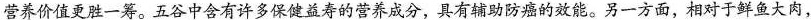
营养价值更胜一筹。五谷中含有许多保健益寿的营养成分，具有辅助防癌的效能。另一方面，相对于鲜鱼大肉，